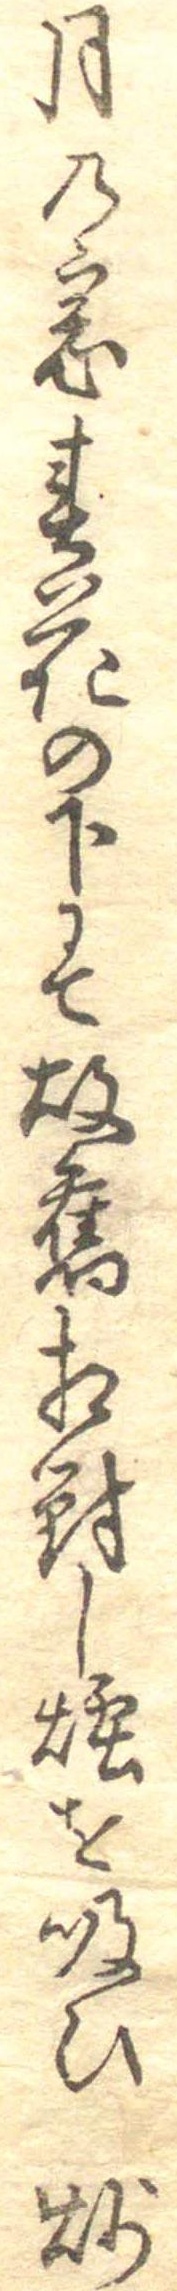
月の窓春花の下にて故旧相対し煙を吸ひ炒